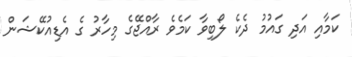
ކަމާއި އަދި ގައުމު ދެކެ ލޯބިވާ ކަމެވެ ރާއްޖޭގެ މިހާރު ގެ އެޑިއުކޭޝަން